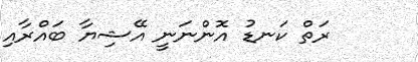
ރަތް ކަނޑު އޮންނަނީ އޭޝިޔާ ބައްރާއި